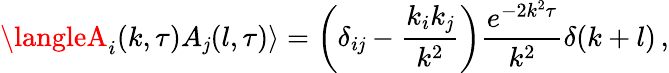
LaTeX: \langleA_{i}(k,\tau)A_{\mathit{j}}(l,\tau)\rangle=\left(\delta_{i\mathit{j}}-\frac{{k_{i}k_{\mathit{j}}}}{{k^{2}}}\right)\frac{{e^{-2k^{2}\tau}}}{{k^{2}}}\delta(k+l)\, ,